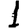
Digit: 1